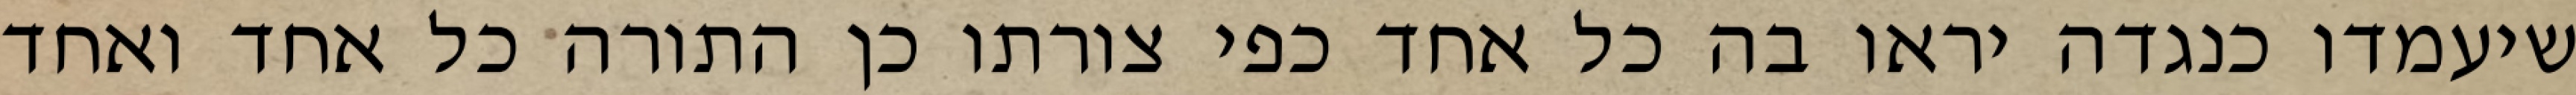
שיעמדו כנגדה יראו בה כל אחד כפי צורתו כן התורה כל אחד ואחד